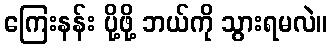
ကြေးနန်း ပို့ဖို့ ဘယ်ကို သွားရမလဲ။